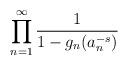
LaTeX: \begin{align*}\prod_{n=1}^{\infty}\frac{1}{1-g_n(a_n^{-s})}\end{align*}